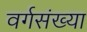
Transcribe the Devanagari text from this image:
वर्गसंख्या